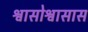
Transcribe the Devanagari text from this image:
श्वासोश्वासास